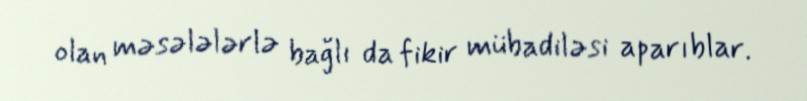
olan məsələlərlə bağlı da fikir mübadiləsi aparıblar.